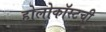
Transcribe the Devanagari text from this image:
होलोकॉस्टची